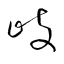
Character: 岐